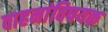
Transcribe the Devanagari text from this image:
वाहनांविषयक